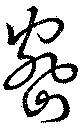
密